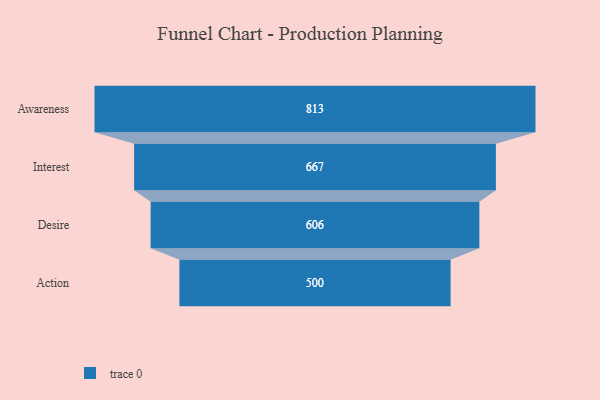
{"axis": {"x": "Stage", "y": "Value"}, "legend": [""], "data": [{"x": "Awareness", "y": 813.0, "type": ""}, {"x": "Interest", "y": 667.0, "type": ""}, {"x": "Desire", "y": 606.0, "type": ""}, {"x": "Action", "y": 500, "type": ""}]}